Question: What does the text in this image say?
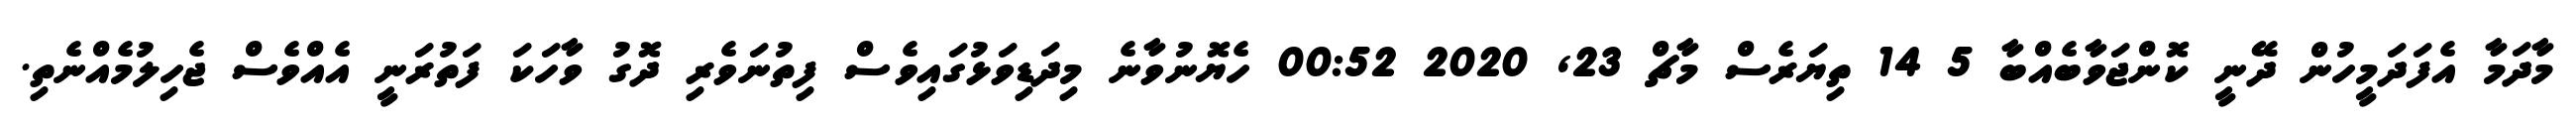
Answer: މާދަމާ އެފަދަމީހުން ދޭނީ ކޮންޖަވާބެއްބާ 5 14 ތިޔަރެސް މާޗް 23, 2020 00:52 ހެޔޮނުވާނެ މިދަޑިވަޅުގައިވެސް ފިތުނަވެރި ދޮގު ވާހަކަ ފަތުރަނީ އެއްވެސް ޖެހިލުމެއްނެތި.